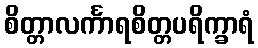
စိတ္တာလင်္ကာရစိတ္တပရိက္ခာရံ